Senior Leaving Certificate Examination (including Day School Certificate (Higher) General paper), 1948
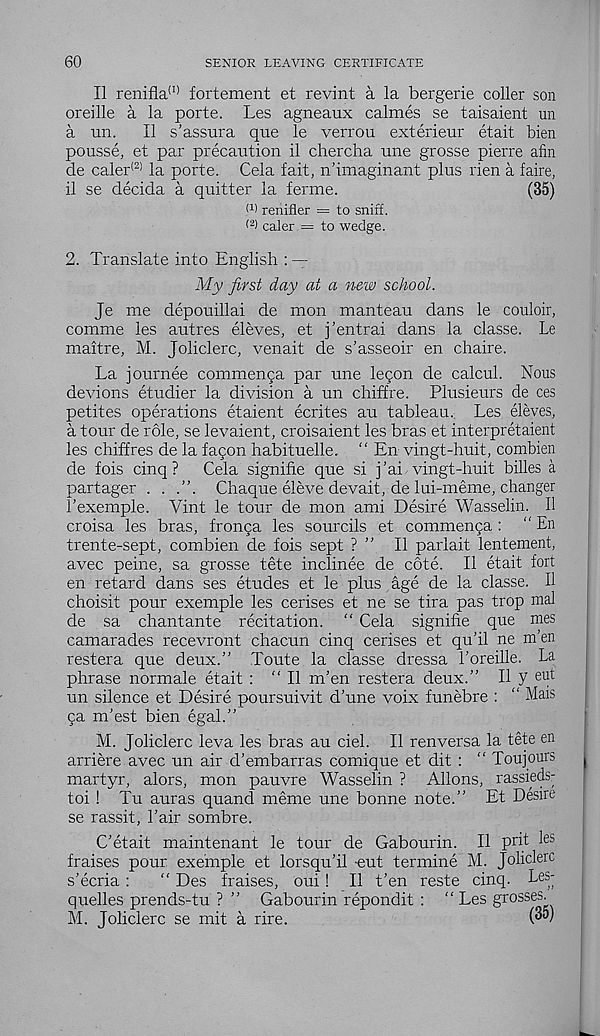
60
SENIOR LEAVING CERTIFICATE
II renifla (1) fortement et revint a la bergerie coller son
oreille a la porte. Les agneaux calmes se taisaient un
a un.
II s’assura que le verrou exterieur etait bien
pousse, et par precaution il chercha une grosse pierre afin
de caler (2! la porte. Cela fait, n’imaginant plus rien a faire,
il se decida a quitter la ferme.
(35)
W renifier = to sniff,
caler = to wedge.
2. Translate into English : —
My first day at a new school.
Je me depouillai de mon manteau dans le couloir,
comme les autres eleves, et j’entrai dans la classe. Le
maitre, M. Joliclerc, venait de s’asseoir en chaire.
La journee commenga par une legon de calcul. Nous
devious etudier la division a un chiffre. Plusieurs de ces
petites operations etaient ecrites au tableau. Les eleves,
a tour de role, se levaient, croisaient les bras et interpretaient
les chiffres de la fagon habituelle. “ En vingt-huit, combien
de fois cinq?
Cela signifie que si j’ai vingt-huit billes a
partager . . .”. Chaque eleve devait, de lui-meme, changer
Lexemple. Vint le tour de mon ami Desire Wasselin. Il
croisa les bras, fronga les sourcils et commenga : “ En
trente-sept, combien de fois sept ? ” Il parlait lentement,
avec peine, sa grosse tete inclinee de cote. Il etait fort
en retard dans ses etudes et le plus age de la classe. Il
choisit pour exemple les cerises et ne se tira pas trop mal
de sa chantante recitation. “ Cela signifie que mes
camarades recevront chacun cinq cerises et qu’il ne m'en
restera que deux.” Toute la classe dressa I’oreille. La
phrase normale etait : “ Il m’en restera deux.” Il y ei )t
un silence et Desire poursuivit d’une voix funebre : “ Mais
ga m’est bien egal.”
M. Joliclerc leva les bras au ciel. Il renversa la tete en
arriere avec un air d'embarras comique et dit : “ Toujours
martyr, alors, mon pauvre Wasselin ? Aliens, rassieds-
toi ! Tu auras quand meme une bonne note.” Et Desire
se rassit, Lair sombre.
C etait maintenant le tour de Gabourin. Il pdt les
fraises pour exemple et lorsqu’il -eut termine M. Joliclerc
s’ecria :
“ Des fraises, oui ! Il t’en reste cinq. Les-
quelles prends-tu ? ” Gabourin repondit : “ Les grosses.
M. Joliclerc se mit a rire.